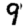
Digit: 9